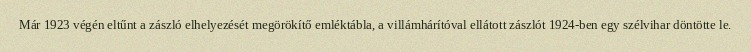
Már 1923 végén eltűnt a zászló elhelyezését megörökítő emléktábla, a villámhárítóval ellátott zászlót 1924-ben egy szélvihar döntötte le.